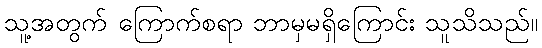
သူ့အတွက် ကြောက်စရာ ဘာမှမရှိကြောင်း သူသိသည်။